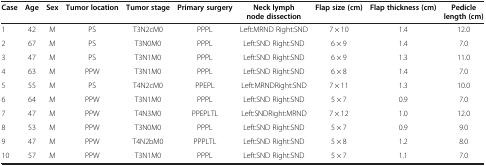
<table><thead><tr><td><b>Case</b></td><td><b>Age</b></td><td><b>Sex</b></td><td><b>Tumor location</b></td><td><b>Tumor stage</b></td><td><b>Primary surgery</b></td><td><b>Neck lymph node dissection</b></td><td><b>Flap size (cm)</b></td><td><b>Flap thickness (cm)</b></td><td><b>Pedicle length (cm)</b></td></tr></thead><tbody><tr><td>1</td><td>42</td><td>M</td><td>PS</td><td>T3N2cM0</td><td>PPPL</td><td>Left:MRND Right:SND</td><td>7 × 10</td><td>1.4</td><td>12.0</td></tr><tr><td>2</td><td>67</td><td>M</td><td>PS</td><td>T3N0M0</td><td>PPPL</td><td>Left:SND Right:SND</td><td>6 × 9</td><td>1.4</td><td>7.0</td></tr><tr><td>3</td><td>47</td><td>M</td><td>PS</td><td>T3N1M0</td><td>PPPL</td><td>Left:SND Right:SND</td><td>6 × 9</td><td>1.3</td><td>11.0</td></tr><tr><td>4</td><td>63</td><td>M</td><td>PPW</td><td>T3N1M0</td><td>PPPL</td><td>Left:SND Right:SND</td><td>6 × 8</td><td>1.4</td><td>7.0</td></tr><tr><td>5</td><td>55</td><td>M</td><td>PS</td><td>T4N2cM0</td><td>PPEPL</td><td>Left:MRNDRight:SND</td><td>7 × 11</td><td>1.3</td><td>10.0</td></tr><tr><td>6</td><td>64</td><td>M</td><td>PPW</td><td>T3N1M0</td><td>PPPL</td><td>Left:SND Right:SND</td><td>5 × 7</td><td>0.9</td><td>7.0</td></tr><tr><td>7</td><td>47</td><td>M</td><td>PPW</td><td>T4N3M0</td><td>PPEPLTL</td><td>Left:SNDRight:MRND</td><td>7 × 12</td><td>1.0</td><td>12.0</td></tr><tr><td>8</td><td>53</td><td>M</td><td>PPW</td><td>T3N0M0</td><td>PPPL</td><td>Left:SND Right:SND</td><td>5 × 7</td><td>0.9</td><td>9.0</td></tr><tr><td>9</td><td>47</td><td>M</td><td>PPW</td><td>T4N2bM0</td><td>PPPLTL</td><td>Left:SND Right:SND</td><td>5 × 8</td><td>1.2</td><td>8.0</td></tr><tr><td>10</td><td>57</td><td>M</td><td>PPW</td><td>T3N1M0</td><td>PPPL</td><td>Left:SND Right:SND</td><td>5 × 7</td><td>1.1</td><td>7.0</td></tr></tbody></table>